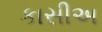
કાસીઅ